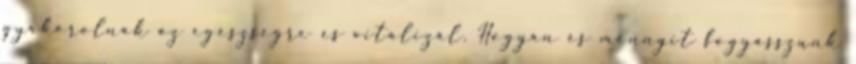
gyakorolnak az egészségre és vitalizál. Hogyan és mennyit fogyasszunk